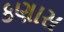
કણાસ